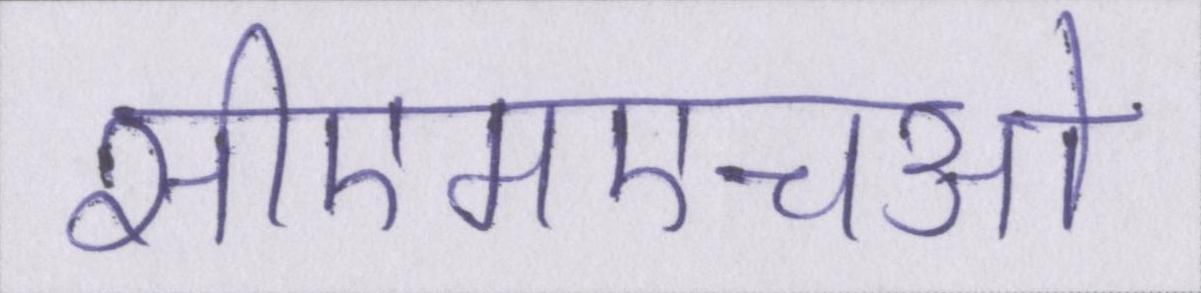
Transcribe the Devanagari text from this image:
सीएमएचओ